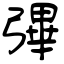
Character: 彃